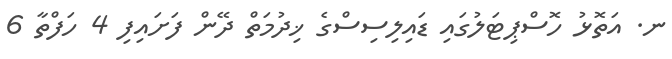
ނ. އަތޮޅު ހޮސްޕިޓަލުގައި ޑައިލިސިސްގެ ޚިދުމަތް ދޭން ފަށައިފި 4 ހަފްތާ 6